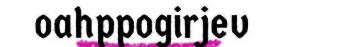
oahppogirjev